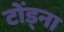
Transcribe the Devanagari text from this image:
टोंड्ना